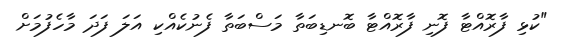
"ކުޅި ފާރޮއްޓާ ފޮނި ފާރޮއްޓާ ބޮނޑިބަތާ މަސްބަތާ ފެނުކެއްކި އަލަ ފަދަ މާހެފުމަށް